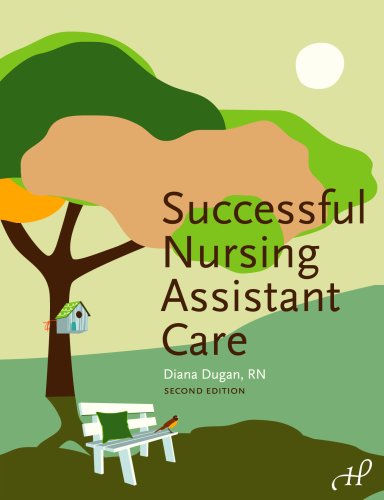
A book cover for Successful Nursing Assistant Care; Diana Dugan RN; Medical Books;